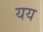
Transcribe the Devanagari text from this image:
यय